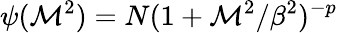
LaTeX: \psi({\cal M}^{2})=N(1+{\cal M}^{2}/\beta^{2})^{-p}